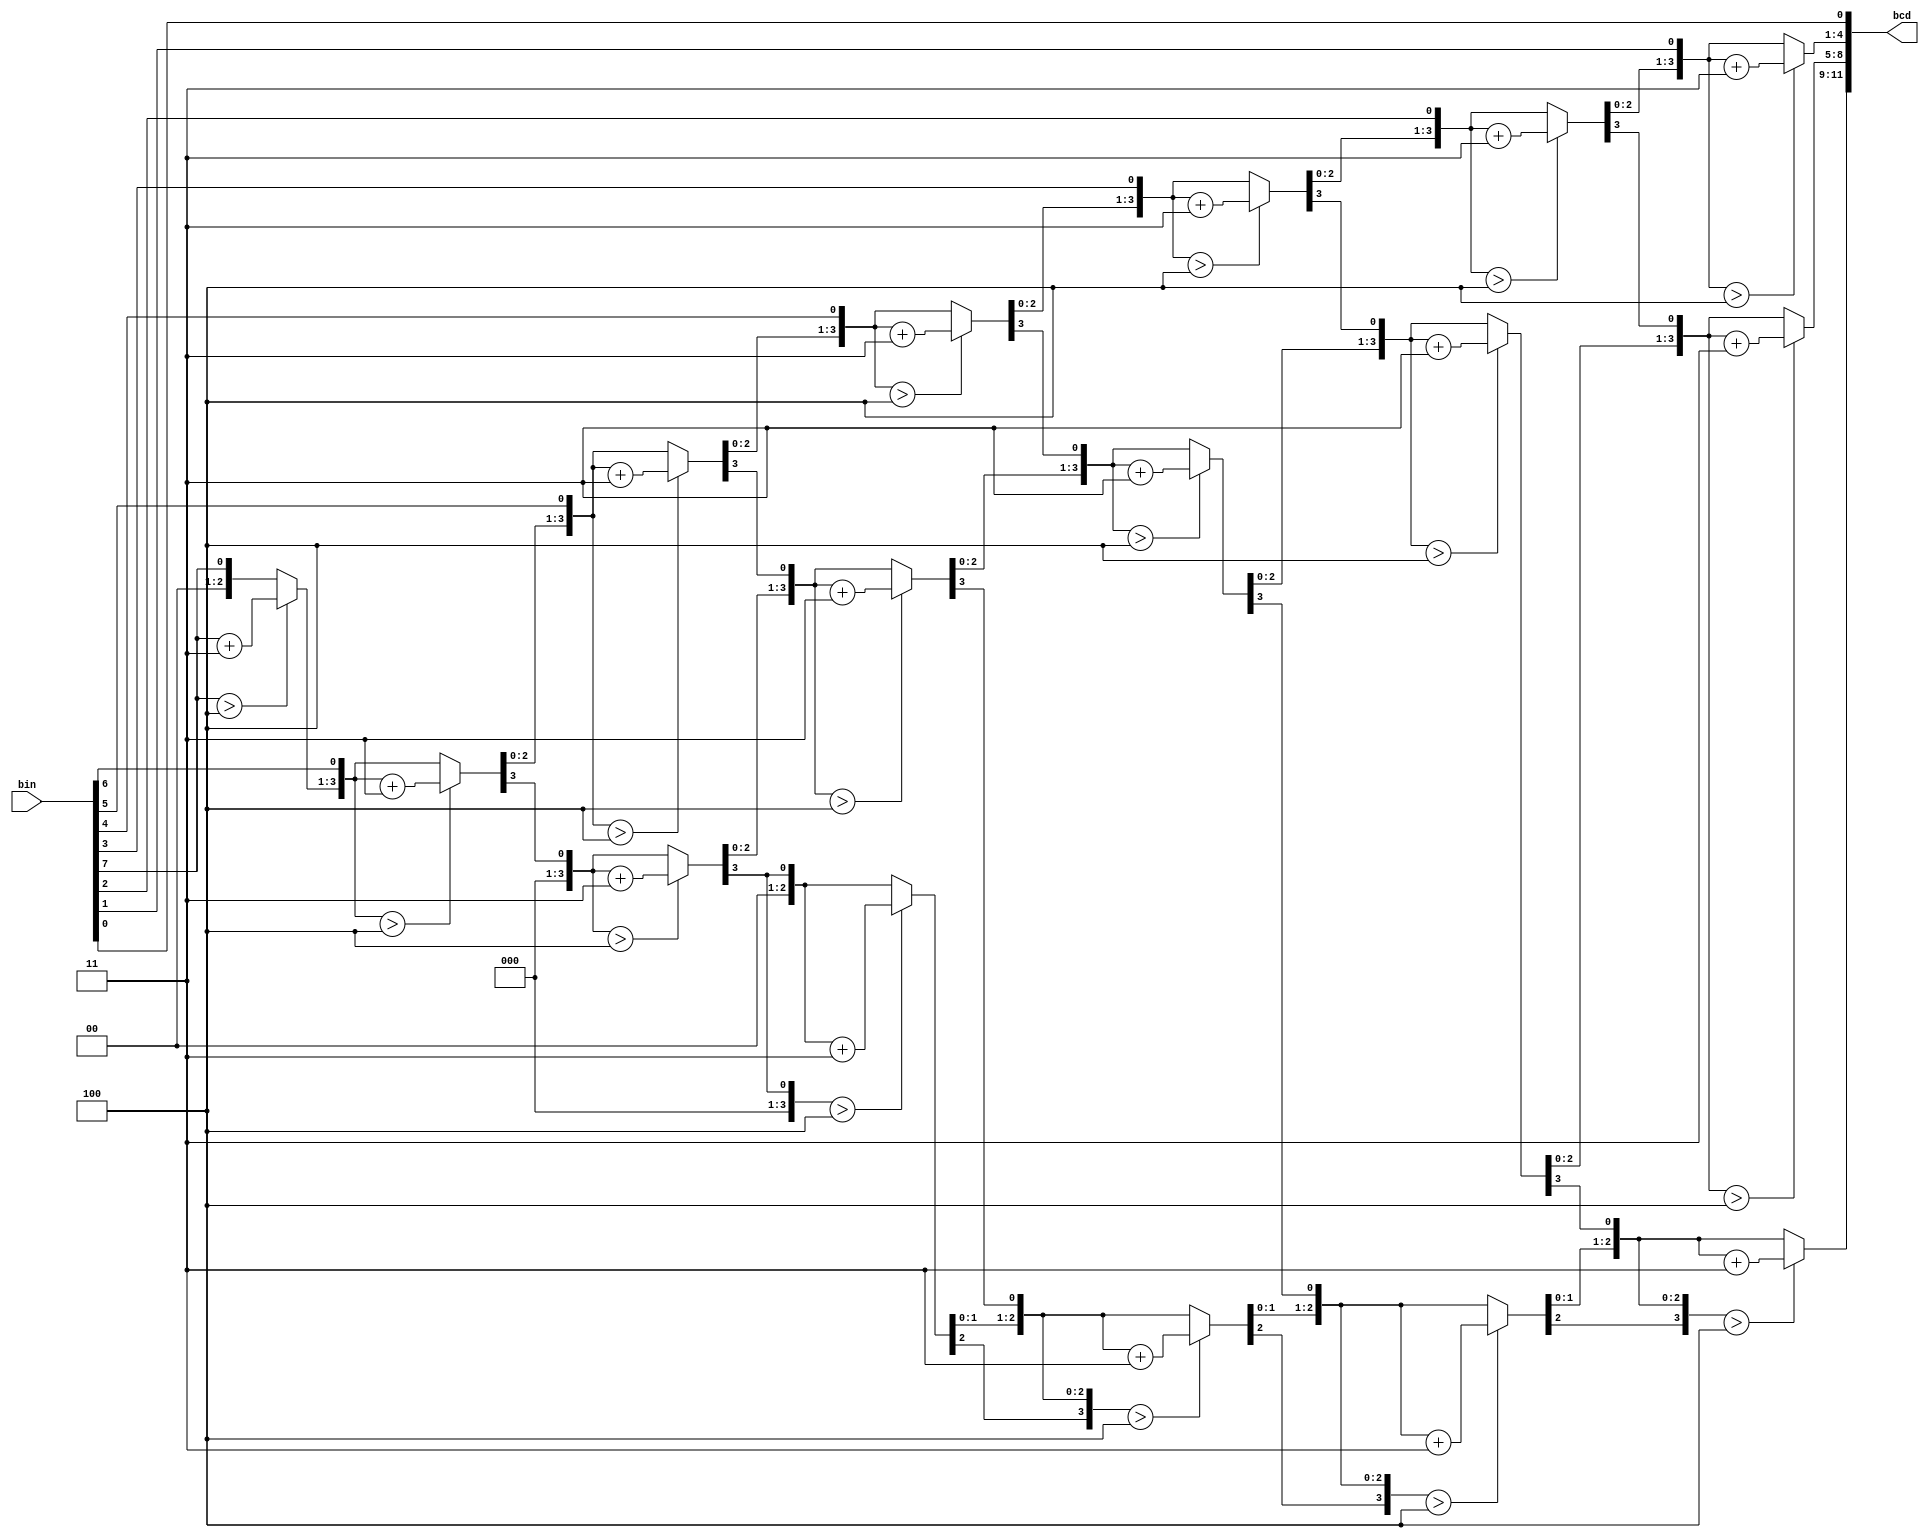
`timescale 1ns / 1ps
//////////////////////////////////////////////////////////////////////////////////
// Company: 
// Engineer: 
// 
// Design Name: 
// Module Name: binary_to_bcd
// Project Name: 
// Target Devices: 
// Tool Versions: 
// Description: 
// 
// Dependencies: 
// 
// Revision:
// Revision 0.01 - File Created
// Additional Comments:
// 
//////////////////////////////////////////////////////////////////////////////////


module binary_to_bcd(
    bin,
     bcd
    );  
    //input ports and their sizes
    input [7:0] bin;
    //output ports and, their size
    output [11:0] bcd;
    //Internal variables
    reg [11 : 0] bcd; 
    reg [3:0] i;   
     
     //Always block - implement the Double Dabble algorithm
     always @(bin)
        begin
            bcd = 0; //initialize bcd to zero.
            for (i = 0; i < 8; i = i+1) //run for 8 iterations
            begin
                bcd = {bcd[10:0],bin[7-i]}; //concatenation
                    
                //if a hex digit of 'bcd' is more than 4, add 3 to it.  
                if(i < 7 && bcd[3:0] > 4) 
                    bcd[3:0] = bcd[3:0] + 3;
                if(i < 7 && bcd[7:4] > 4)
                    bcd[7:4] = bcd[7:4] + 3;
                if(i < 7 && bcd[11:8] > 4)
                    bcd[11:8] = bcd[11:8] + 3;  
            end
        end     
                
endmodule